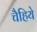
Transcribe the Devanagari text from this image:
चैहिये